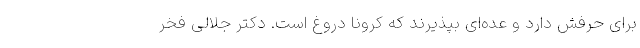
برای حرفش دارد و عده‌ای بپذیرند که کرونا دروغ است. دکتر جلالی فخر